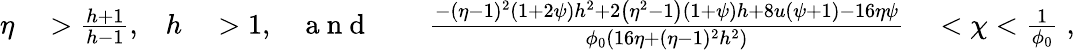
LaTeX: \begin{array}{rlrlrlrl}{\eta}&{{}>\frac{h+1}{h-1},}&{h}&{{}>1,}&{\mathrm{~a~n~d~}}&{{}}&{\frac{-(\eta-1)^{2}(1+2\psi)h^{2}+2\left(\eta^{2}-1\right)\left(1+\psi\right)h+8u(\psi+1)-16\eta\psi}{\phi_{0}\left(16\eta+(\eta-1)^{2}h^{2}\right)}}&{{}<\chi<\frac{1}{\phi_{0}}\; ,}\end{array}